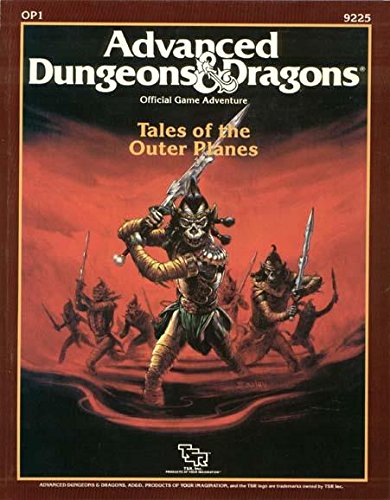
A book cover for Tales of the Outer Planes (Advanced Dungeons & Dragons, Module OP1); Bruce Heard; Humor & Entertainment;